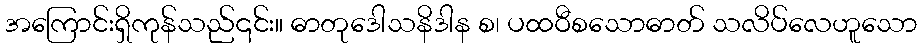
အကြောင်းရှိကုန်သည်၎င်း။ ဓာတုဒေါသနိဒါန စ၊ ပထဝီစသောဓာတ် သလိပ်လေဟူသော